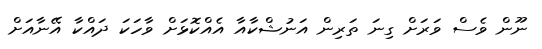
ނޫން ވެސް ވަރަށް ގިނަ ތަރިން އަނުޝްކާއާ އެއްކޮޅަށް ވާހަކަ ދައްކާ އޭނާއަށް